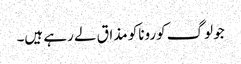
جو لوگ کوروناکو مذاق لے رہے ہیں۔